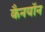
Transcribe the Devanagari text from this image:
कैनयॉन